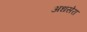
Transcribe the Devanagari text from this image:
अधसेरा